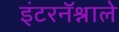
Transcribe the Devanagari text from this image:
इंटरनॅश्नाले